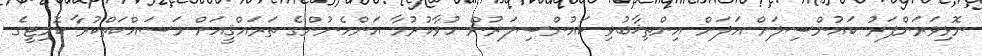
ނޮޅިވަރަންފަރު ކައުންސިލަށް އަލަށް އިންތިޚާބުވި ކައުންސިލަރުން ހުވާކުރުމާ އަންހެނުންގެ ތަރައްޤީއަށް މަސައްކަތްކުރާ ކޮމިޓީގެ